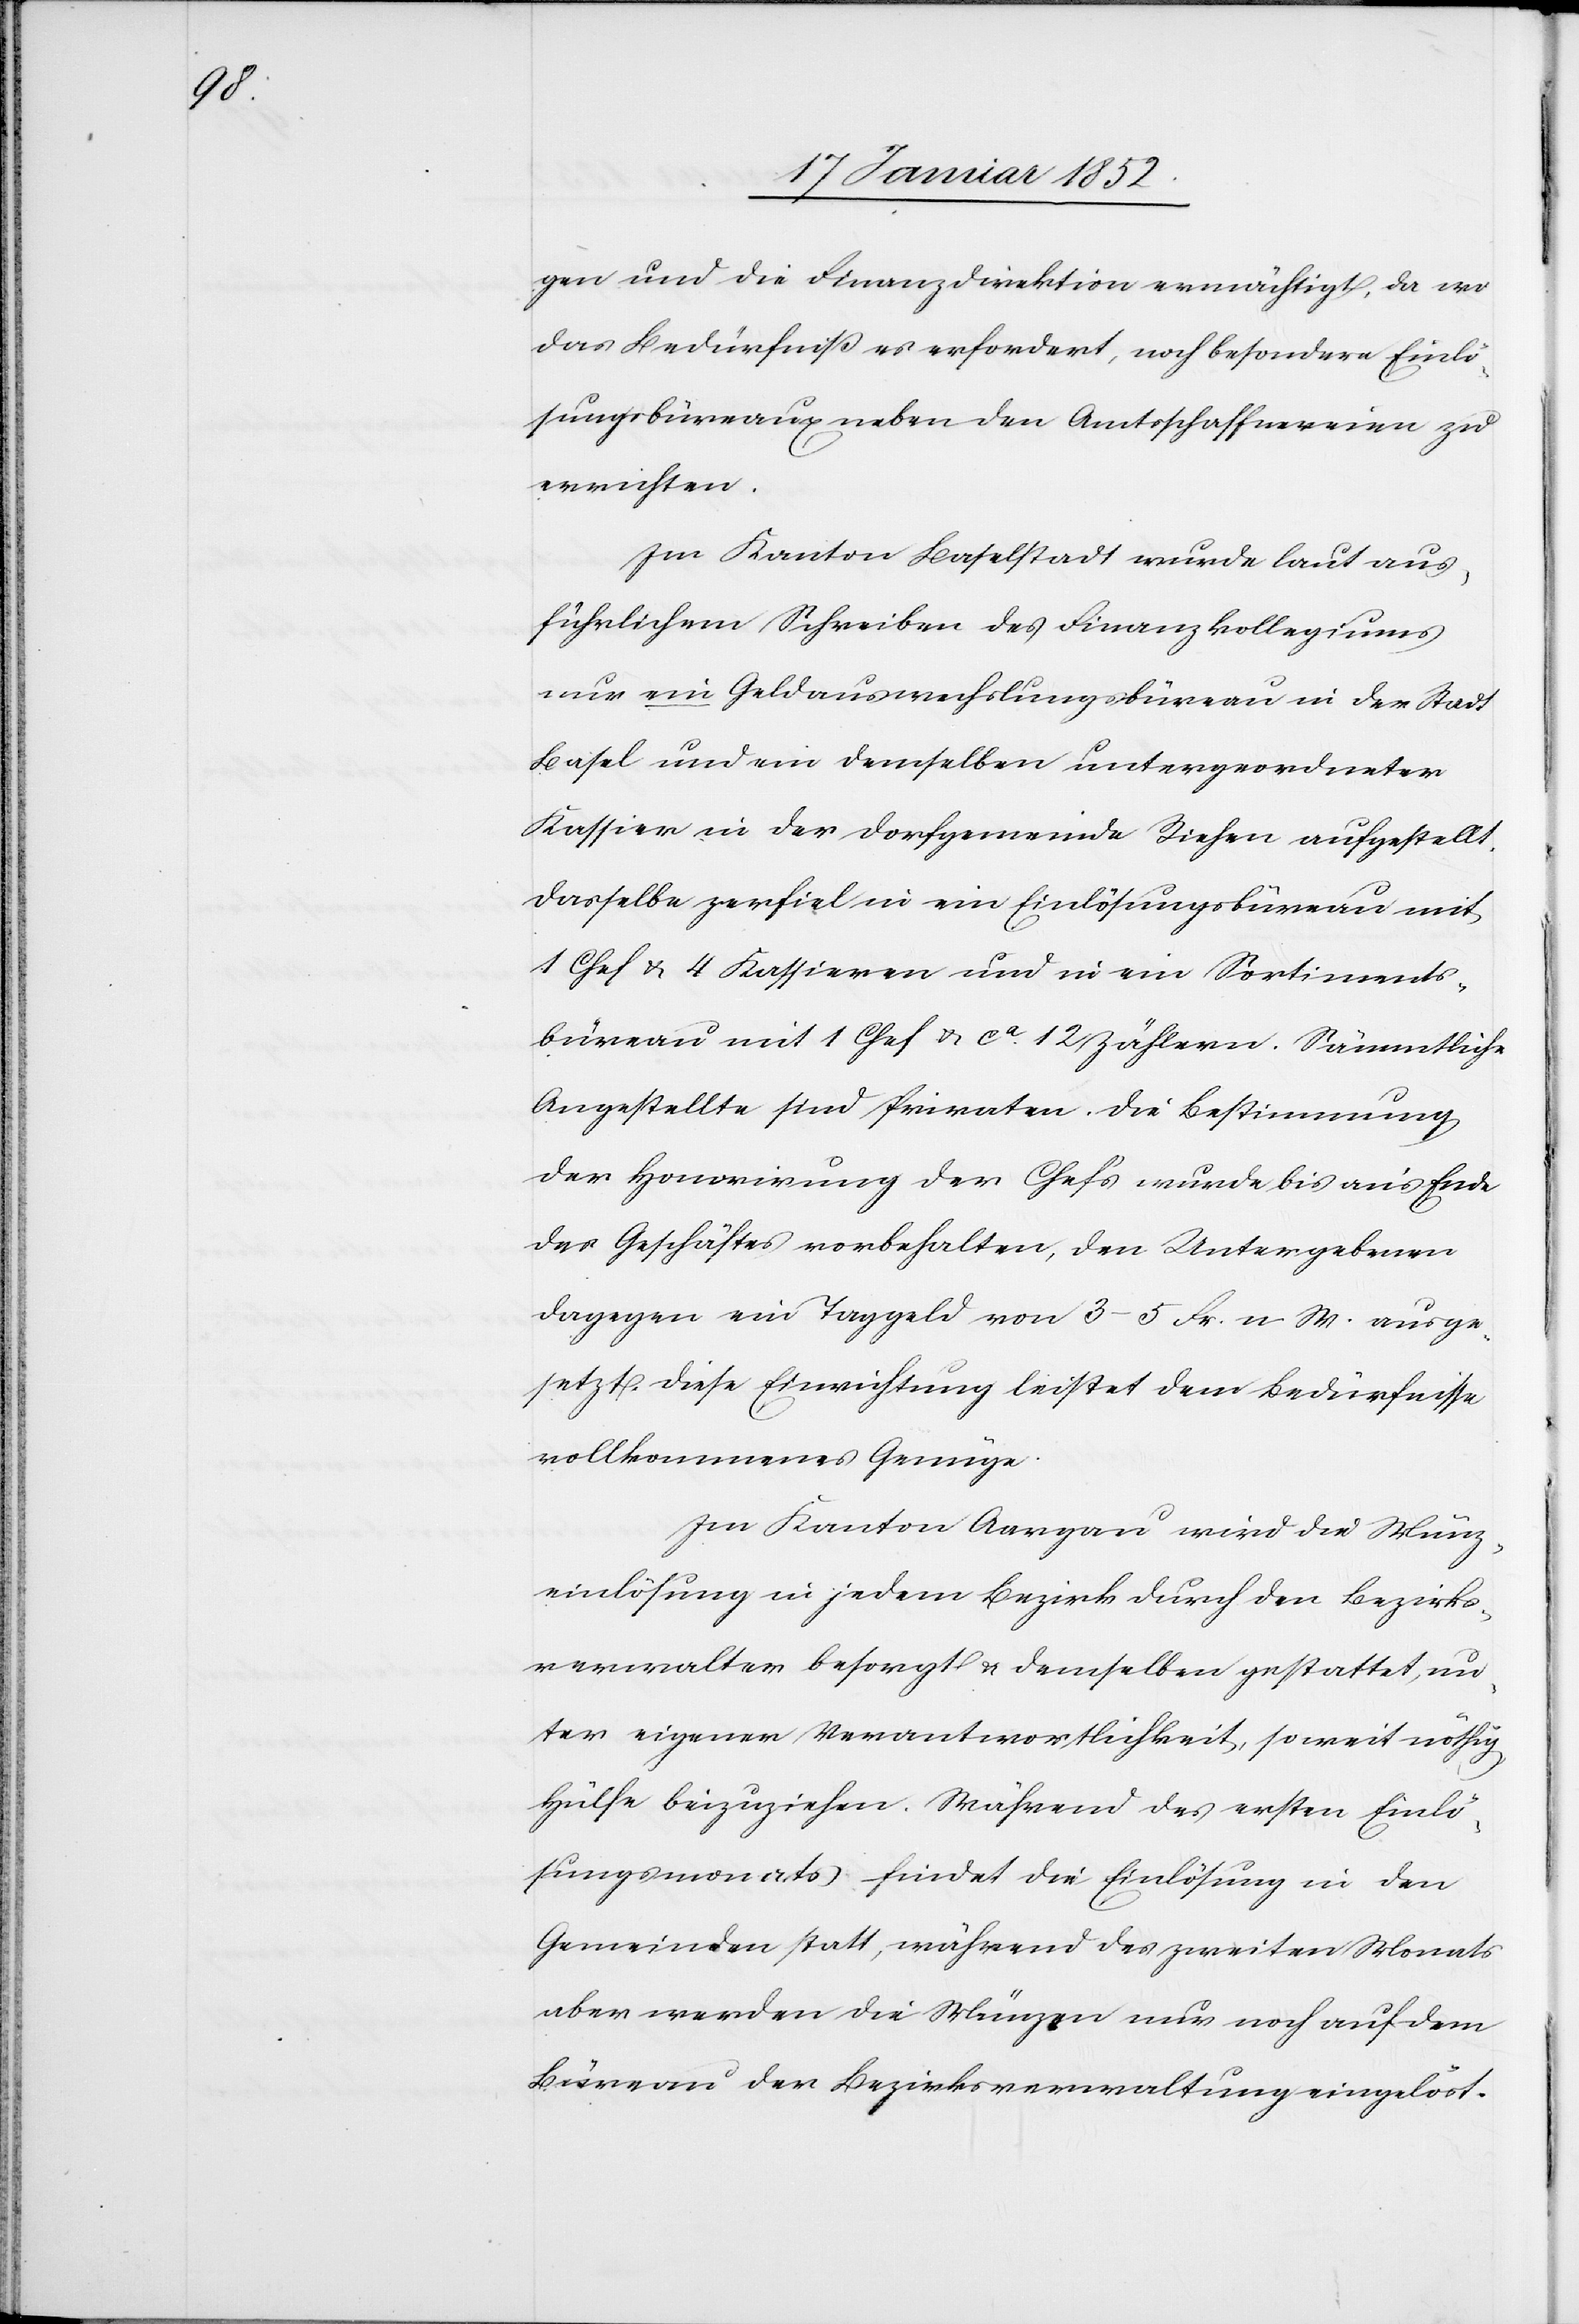
gen und die Finanzdirektion ermächtigt, da wo
das Bedürfniß es erfordert, noch besondere Einlö¬
sungsbüreaus neben den Amtsschaffnern zu
errichten.
Im Kanton Baselstadt wurde laut aus¬
führlichem Schreiben des Finanzkollegiums
nur ein Geldauswechslungsbüreau in der Stadt
Basel und ein denselben untergeordneter
Kassier in der Dorfgemeinde Riehen aufgestellt.
Dasselbe zerfiel in ein Einlösungsbüreau mit
1 Chef u. 4 Kassieren und in ein Sortiments¬
büreau mit 1 Chef u. ca 12 Zählern. Sämmtliche
Angestellte sind Privaten. Die Bestimmung
der Honorirung der Chefs wurde bis an’s Ende
des Geschäfts vorbehalten, den Untergebenen
dagegen ein Taggeld von 3–5 Fr. n W. ausge¬
setzt. Diese Einrichtung leistet dem Bedürfnisse
vollkommenes Genüge.
Im Kanton Aargau wird die Münz¬
einlösung in jedem Bezirke durch den Bezirks¬
verwalter besorgt u. demselben gestattet, un¬
ter eigener Verantwortlichkeit, soweit nöthig
Hülfe beizuziehen. Während des ersten Einlö¬
sungsmonats findet die Einlösung in den
Gemeinden statt, während des zweiten Monats
aber werden die Münzen nur noch auf dem
Büreau der Bezirksverwaltung eingelöst.